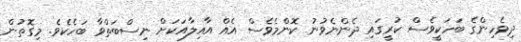
ދިވެހިންގެ ބަހަކީވެސް ކުރީގައި ދެންނެވުނު ކޮންމެވެސް އެއް އާއިލާއަކަށް ނިސްބަތްވާ ބަހެކެވެ. މިގޮތުން